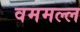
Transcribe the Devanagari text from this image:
वममल्ल